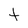
Character: t